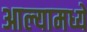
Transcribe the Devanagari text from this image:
आल्यामध्ये